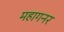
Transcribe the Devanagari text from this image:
महागनर